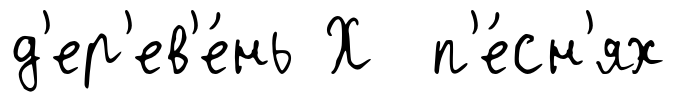
д'ер'ев'е́нь Х п'е́сн'ях